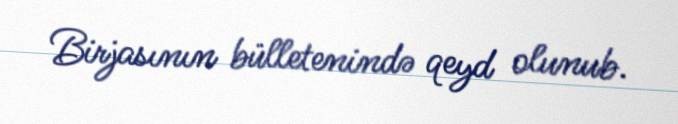
Birjasının bülletenində qeyd olunub.